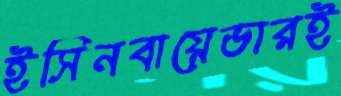
ইসিনবায়েভারই